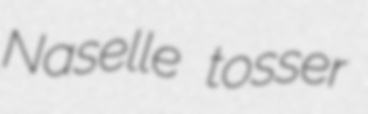
Naselle tosser